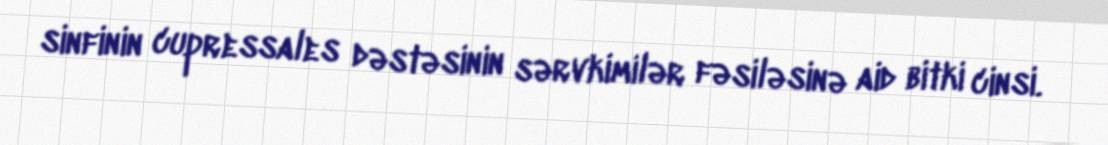
sinfinin cupressales dəstəsinin sərvkimilər fəsiləsinə aid bitki cinsi.